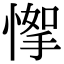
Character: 𢞙